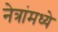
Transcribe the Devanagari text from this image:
नेत्रांमध्ये